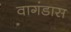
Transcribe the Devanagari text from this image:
वागंडास